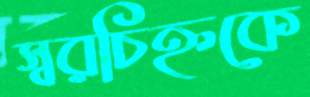
স্বরচিহ্নকে